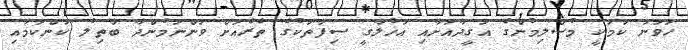
ހަވަނަ ކަމަކީ މުސްލިމުންގެ އަގީދާއަށާއި އަޚުލާގީ ސިފަތަކުގެ ތެރެއަށް ވަންނަމުންދާ ބާތިލު ކަންކަމާއި